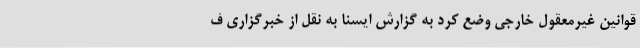
قوانین غیرمعقول خارجی وضع کرد به گزارش ایسنا به نقل از خبرگزاری ف